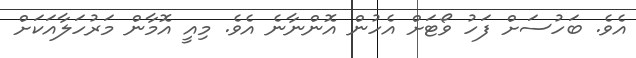
އެވެ. ބަހުސަށް ފަހު ވޯޓަށް އެހުން އޮންނާނެ އެވެ. މިއީ އޮމާން މަރުހަލާއަކަށް